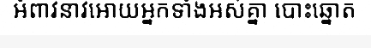
អំពាវនាវអោយអ្នកទាំងអស់គ្នា បោះឆ្នោត